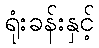
ရုံးခန်းနှင့်